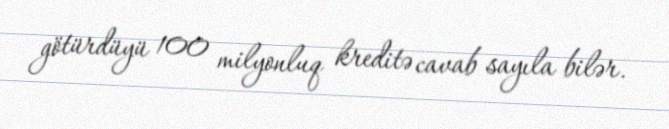
götürdüyü 100 milyonluq kreditə cavab sayıla bilər.